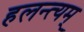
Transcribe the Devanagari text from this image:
हलन्त्यम्